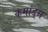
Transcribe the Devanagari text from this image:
कमांड्‌स